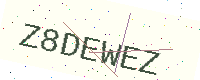
Text: Z8DEWEZ